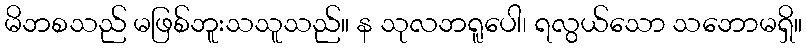
မိဘစသည် မဖြစ်ဘူးသသူသည်။ န သုလဘရူပေါ၊ ရလွယ်သော သဘောမရှိ။